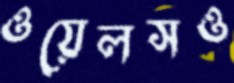
ওয়েলসও